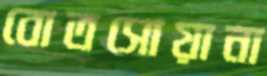
বোতসোয়ানা